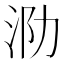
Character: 泐